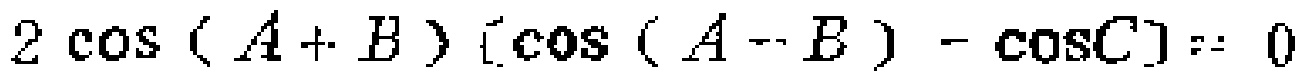
$2\cos(A + B)[\cos(A - B)-\cos C]= 0$